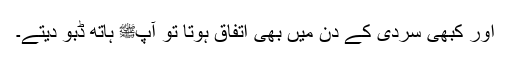
اور کبھی سردی کے دن میں بھی اتفاق ہوتا تو آپﷺ ہاتھ ڈبو دیتے۔